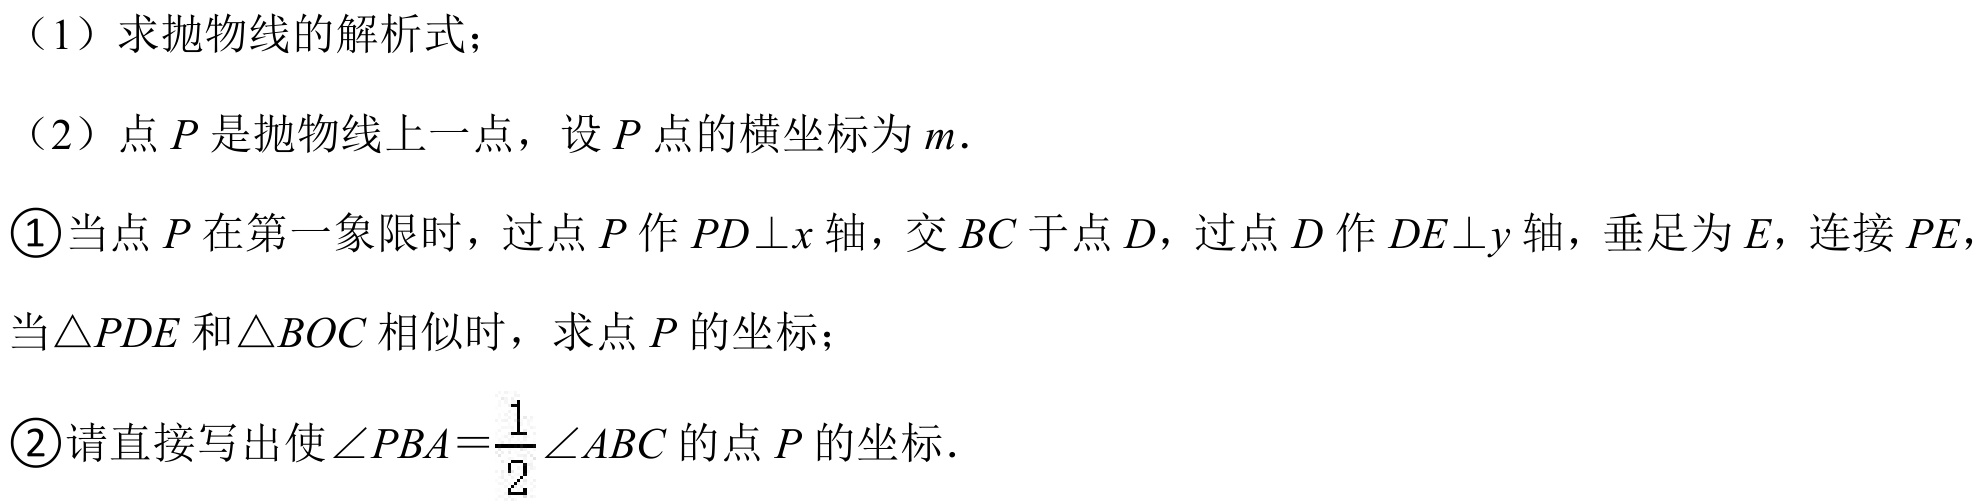
（1）求抛物线的解析式；
（2）点\(P\)是抛物线上一点，设\(P\)点的横坐标为\(m\).
\textcircled{1}当点\(P\)在第一象限时，过点\(P\)作\(PD\perp x\)轴，交\(BC\)于点\(D\)，过点\(D\)作\(DE\perp y\)轴，垂足为\(E\)，连接\(PE\)，当\(\triangle PDE\)和\(\triangle BOC\)相似时，求点\(P\)的坐标；
\textcircled{2}请直接写出使\(\angle PBA=\frac{1}{2}\angle ABC\)的点\(P\)的坐标．